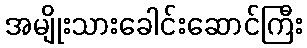
အမျိုးသားခေါင်းဆောင်ကြီး